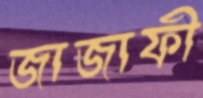
জাজাফী